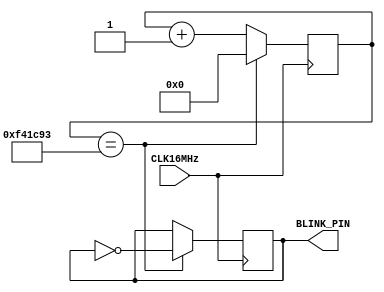
// Attempting to find the best counter variable to get 1second toggling of an LED for FPS count testing

// make flash V=blink.v TOP=blink PCF=blink.pcf BOARD=bx
module blink (
    input wire CLK16MHz,
    output wire BLINK_PIN
);

    parameter CLOCKS_PER_SEC   = 15998100; // Gets +-5us from 1s
    reg [31:0] CLOCK_COUNTER = 0;
    reg LED_STATE = 0;
  
    always @ (posedge CLK16MHz)
    begin
        if (CLOCK_COUNTER == CLOCKS_PER_SEC-1) // -1, since counter starts at 0
        begin        
            LED_STATE <= ~LED_STATE; // toggle LED
            CLOCK_COUNTER <= 0;
        end
        else
            CLOCK_COUNTER <= CLOCK_COUNTER + 1;
    end
  
    assign BLINK_PIN = LED_STATE;

endmodule